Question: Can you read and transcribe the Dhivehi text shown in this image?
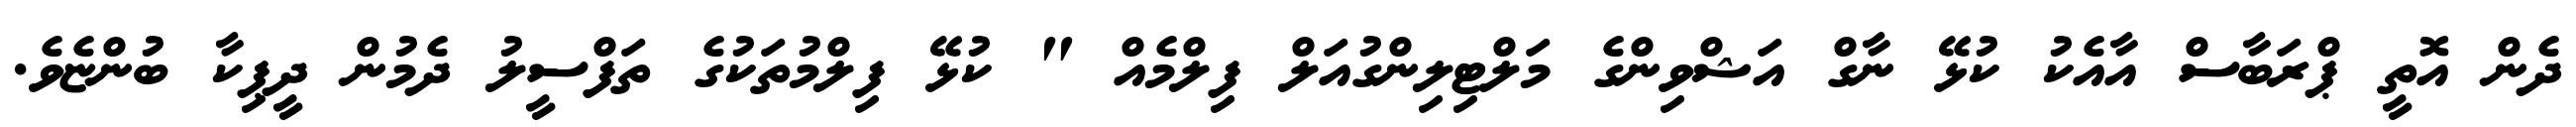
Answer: ދެން އޮތީ ޕްރަބާސް އާއެކު ކުޅޭ ނާގް އަޝްވިންގެ މަލްޓިލިންގުއަލް ފިލްމެއް " ކުޅޭ ފިލްމުތަކުގެ ތަފްސީލު ދެމުން ދީޕިކާ ބުންޏެވެ.